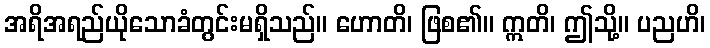
အရိအရည်ယိုသောခံတွင်းမရှိသည်။ ဟောတိ၊ ဖြစ၏။ ဣတိ၊ ဤသို့။ ပညဟိ၊